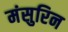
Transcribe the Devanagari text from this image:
मंसुरिन